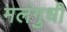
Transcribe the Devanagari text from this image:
मलंगुधी